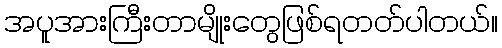
အပူအားကြီးတာမျိုးတွေဖြစ်ရတတ်ပါတယ်။